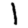
Digit: 1